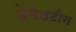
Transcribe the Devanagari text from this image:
हेसेलटीन